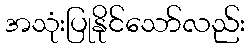
အသုံးပြုနိုင်သော်လည်း